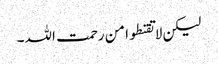
لیکن لا تقنطوا من رحمت اللہ۔